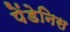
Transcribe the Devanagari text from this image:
पेंडेनिस